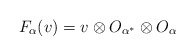
\begin{align*}F_{\alpha}(v) = v\otimes O_{\alpha^*} \otimes O_{\alpha}\\\end{align*}